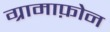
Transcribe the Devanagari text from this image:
ग्रामाफ़ोन